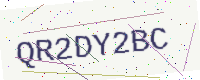
Text: QR2DY2BC